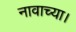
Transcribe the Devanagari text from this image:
नावाच्या।